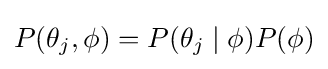
P(\theta _{j},\phi )=P(\theta _{j}\mid \phi )P(\phi )